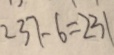
2 3 7 - 6 = 2 3 1